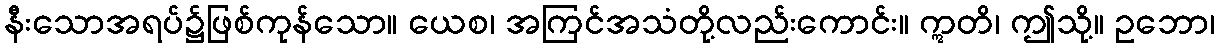
နီးသောအရပ်၌ဖြစ်ကုန်သော။ ယေစ၊ အကြင်အသံတို့လည်းကောင်း။ ဣတိ၊ ဤသို့။ ဥဘော၊